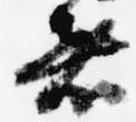
者